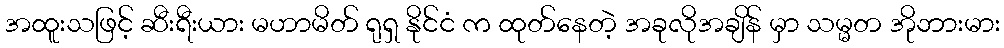
အထူးသဖြင့် ဆီးရီးယား မဟာမိတ် ရုရှ နိုင်ငံ က ထုတ်နေတဲ့ အခုလိုအချိန် မှာ သမ္မတ အိုဘားမား